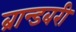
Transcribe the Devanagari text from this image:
ब्रान्डबरी